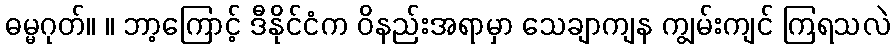
ဓမ္မဂုတ်။ ။ ဘာ့ကြောင့် ဒီနိုင်ငံက ဝိနည်းအရာမှာ သေချာကျန ကျွမ်းကျင် ကြရသလဲ